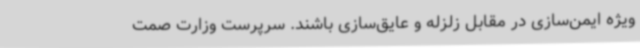
ویژه ایمن‌سازی در مقابل زلزله و عایق‌سازی باشند. سرپرست وزارت صمت